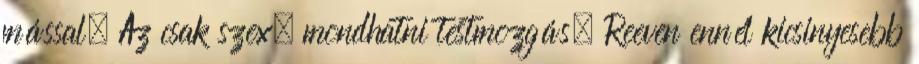
mással. Az csak szex, mondhatni testmozgás. Reeven ennél kicsinyesebb